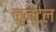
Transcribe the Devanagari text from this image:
कुन्टल